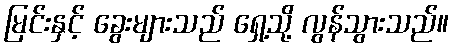
မြင်းနှင့် ခွေးများသည် ရှေ့သို့ လွန်သွားသည်။